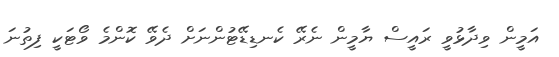
އަމީން ވިދާޅުވީ ރައީސް ޔާމީން ނެރޭ ކެނޑިޑޭޓުންނަށް ދެވޭ ކޮންމެ ވޯޓަކީ ފިތުނަ